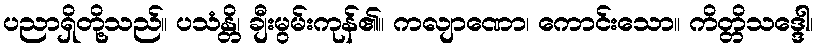
ပညာရှိတို့သည်။ ပသံန္တိ၊ ချီးမွမ်းကုန်၏။ ကလျာဏော၊ ကောင်းသော။ ကိတ္တိသဒ္ဒေါ၊